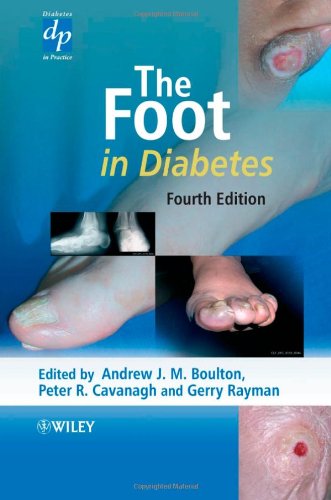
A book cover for The Foot in Diabetes; Medical Books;